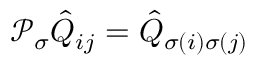
\mathcal { P } _ { \sigma } \hat { Q } _ { i j } = \hat { Q } _ { \sigma ( i ) \sigma ( j ) }